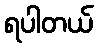
ရပါတယ်